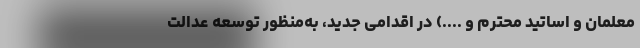
معلمان و اساتید محترم و ....) در اقدامی جدید، به‌منظور توسعه عدالت